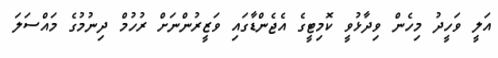
އަލީ ވަހީދު މިހެން ވިދާޅުވީ ކޮމިޓީގެ އެޖެންޑާގައި ވަޒީރުންނަށް ރުހުމް ދިނުމުގެ މައްސަލަ